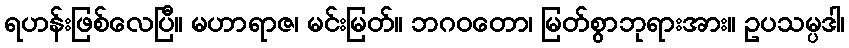
ရဟန်းဖြစ်လေပြီ။ မဟာရာဇ၊ မင်းမြတ်။ ဘဂဝတော၊ မြတ်စွာဘုရားအား။ ဥပသမ္ပဒါ၊